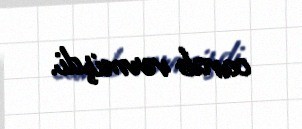
cavab vermişdi.